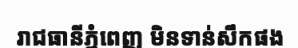
រាជធានីភ្នំពេញ មិនទាន់សឹកផង